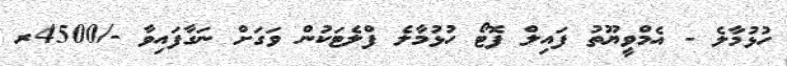
ހުޅުމާލެ - އެމްވީޔޫތު ފައިލް ފޮޓޯ ހުޅުމާލެ ފްލެޓަކުން ވަގަށް ނަގާފައިވާ -/4500ރ